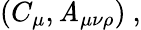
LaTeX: (C_{\mu},\mathit{A}_{\mu\nu\rho})\ ,